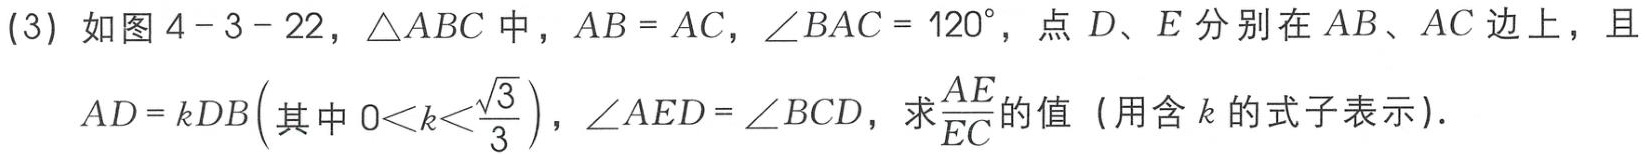
(3) 如图4 - 3 - 22，$\triangle ABC$中，$AB = AC$，$\angle BAC = 120^{\circ}$，点$D、E$分别在$AB、AC$边上，且

$AD = kDB\left(其中\ 0<k<\frac{\sqrt{3}}{3}\right)$，$\angle AED=\angle BCD$，求$\frac{AE}{EC}$的值（用含$k$的式子表示）.